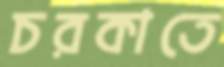
চরকাতে